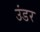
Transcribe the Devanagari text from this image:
उंडर